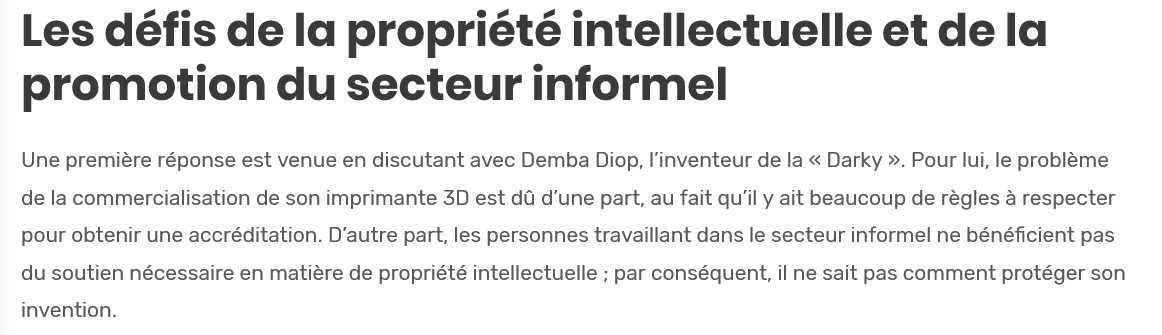
Les    défis    de    la  propriété    intellectuelle    et   de    la
   promotion    du    secteur    informel
   Une premiére réponse est venue en discutant avec Demba Diop, I’inventeur de la « Darky ». Pour lui, le probleme
   de la commercialisation de son imprimante 3D est dd d'une part, au fait qu’il y ait beaucoup de régles a respecter
   pour obtenir une accréditation. D’autre part, les personnes travaillant dans le secteur informel ne bénéficient pas
   du soutien nécessaire en matiére de propriété intellectuelle ; par conséquent, il ne sait pas comment protéger son
   invention.